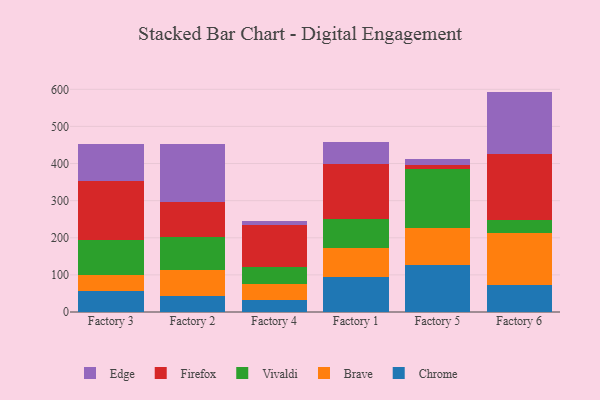
{"axis": {"x": "Factory", "y": "Energy Usage (MWh)"}, "legend": ["Brave", "Chrome", "Edge", "Firefox", "Vivaldi"], "data": [{"x": "Factory 3", "y": 57.9, "type": "Chrome"}, {"x": "Factory 3", "y": 42.1, "type": "Brave"}, {"x": "Factory 3", "y": 93.0, "type": "Vivaldi"}, {"x": "Factory 3", "y": 160.1, "type": "Firefox"}, {"x": "Factory 3", "y": 99.0, "type": "Edge"}, {"x": "Factory 2", "y": 44.3, "type": "Chrome"}, {"x": "Factory 2", "y": 68.1, "type": "Brave"}, {"x": "Factory 2", "y": 89.2, "type": "Vivaldi"}, {"x": "Factory 2", "y": 95.4, "type": "Firefox"}, {"x": "Factory 2", "y": 156.9, "type": "Edge"}, {"x": "Factory 4", "y": 31.3, "type": "Chrome"}, {"x": "Factory 4", "y": 45.3, "type": "Brave"}, {"x": "Factory 4", "y": 44.3, "type": "Vivaldi"}, {"x": "Factory 4", "y": 112.3, "type": "Firefox"}, {"x": "Factory 4", "y": 12.5, "type": "Edge"}, {"x": "Factory 1", "y": 95.4, "type": "Chrome"}, {"x": "Factory 1", "y": 76.5, "type": "Brave"}, {"x": "Factory 1", "y": 79.3, "type": "Vivaldi"}, {"x": "Factory 1", "y": 147.0, "type": "Firefox"}, {"x": "Factory 1", "y": 59.0, "type": "Edge"}, {"x": "Factory 5", "y": 125.8, "type": "Chrome"}, {"x": "Factory 5", "y": 100.1, "type": "Brave"}, {"x": "Factory 5", "y": 158.1, "type": "Vivaldi"}, {"x": "Factory 5", "y": 13.1, "type": "Firefox"}, {"x": "Factory 5", "y": 14.2, "type": "Edge"}, {"x": "Factory 6", "y": 73.0, "type": "Chrome"}, {"x": "Factory 6", "y": 140.2, "type": "Brave"}, {"x": "Factory 6", "y": 35.7, "type": "Vivaldi"}, {"x": "Factory 6", "y": 177.5, "type": "Firefox"}, {"x": "Factory 6", "y": 167.4, "type": "Edge"}]}